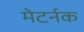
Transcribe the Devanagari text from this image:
मेटर्नक